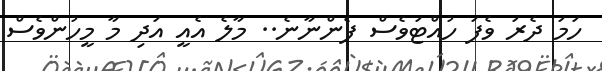
ހަމަ ދެރަ ވެފަ ހުއްޓަވެސް ފެންނާނެ.. މާލެ އެއީ އަދި މާ މީހުންވެސް